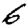
Digit: 6